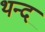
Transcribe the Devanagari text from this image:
थन्द